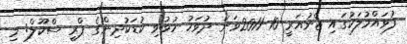
ފުވައްމުލަކުގައި ޖެނުއަރީ 10 2011ވަނަ ދުވަހު ހުޅުވި ކުޑަކުދިންގެ ޕްރީ ސްކޫލް: މި